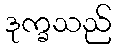
ဒုက္ခသည်